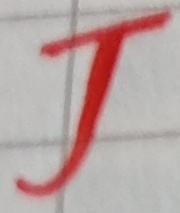
Text: J